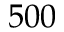
5 0 0